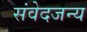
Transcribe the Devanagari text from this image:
संवेदजन्य